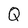
Character: Q